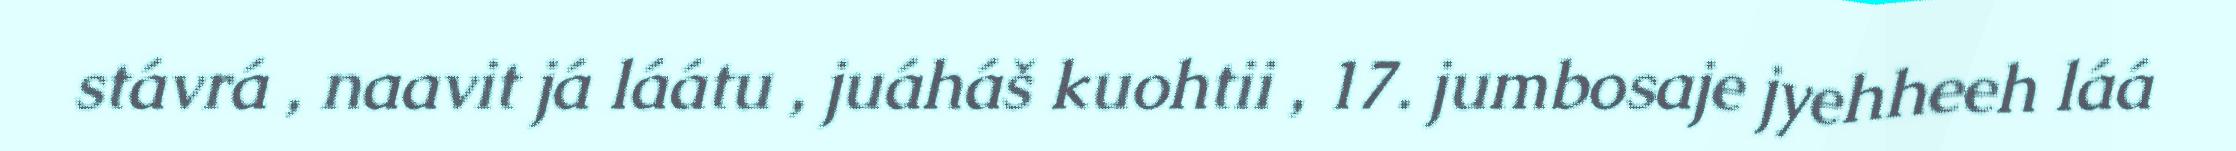
stávrá , naavit já láátu , juáháš kuohtii , 17. jumbosaje jyehheeh láá